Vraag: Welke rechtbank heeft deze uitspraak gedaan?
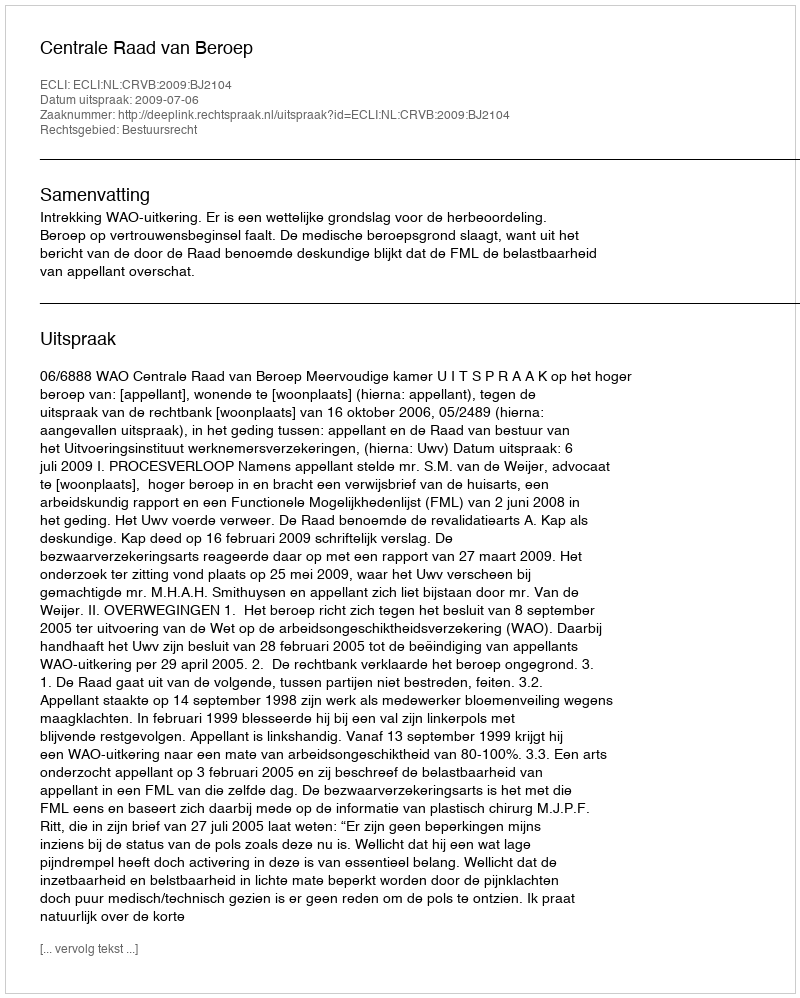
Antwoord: Centrale Raad van Beroep